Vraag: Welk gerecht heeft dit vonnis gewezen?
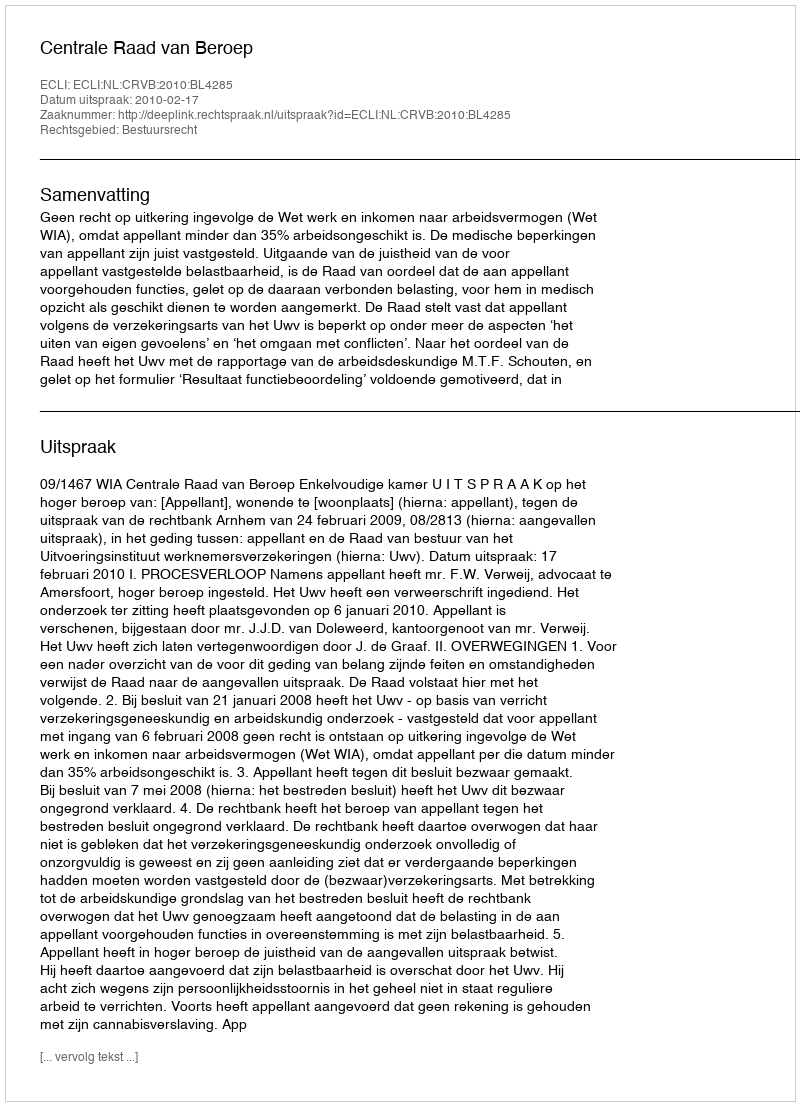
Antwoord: Centrale Raad van Beroep